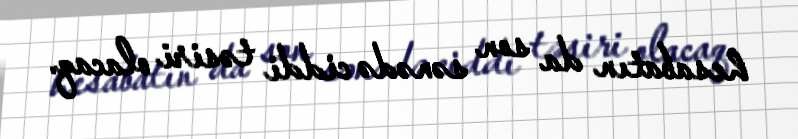
hesabatın da son sənədə ciddi təsiri olacaq.